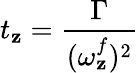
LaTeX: t_{\mathbf{z}}=\frac{{\Gamma}}{{(\omega_{\mathbf{z}}^{f})^{2}}}